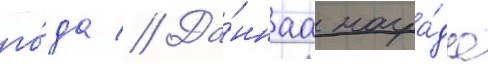
го́да // Да́ннаа награ́да